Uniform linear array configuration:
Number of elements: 12
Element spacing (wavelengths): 1
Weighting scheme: cosine
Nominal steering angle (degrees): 30
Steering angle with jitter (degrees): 29.549
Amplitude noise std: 0.05
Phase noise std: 0.05

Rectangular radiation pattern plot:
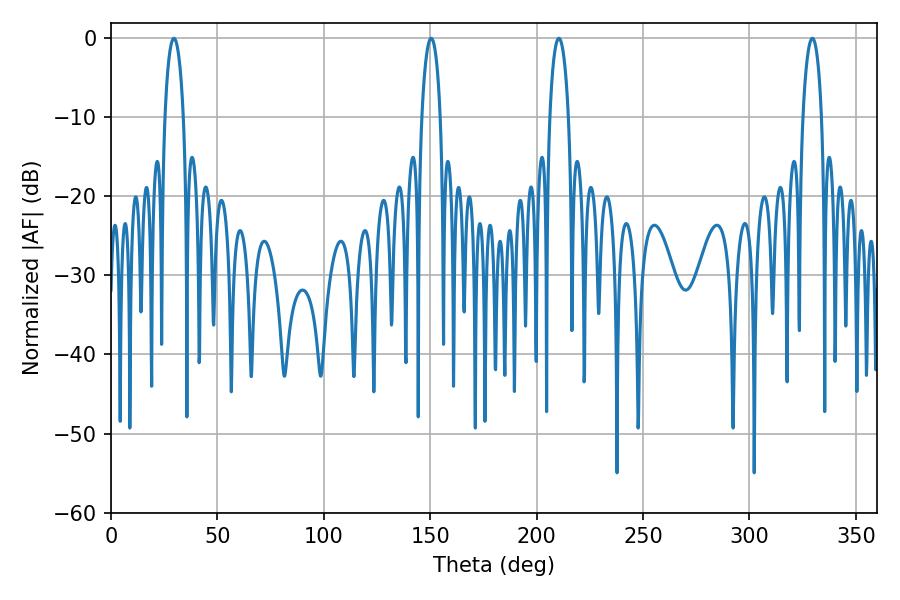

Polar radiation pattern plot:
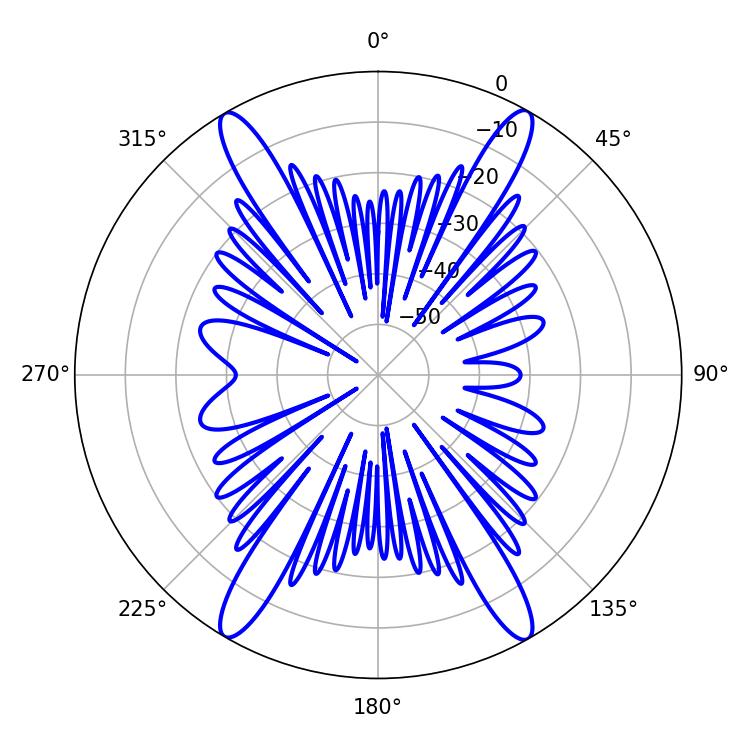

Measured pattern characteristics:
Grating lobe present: TRUE
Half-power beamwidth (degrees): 5.04
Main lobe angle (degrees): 210.42